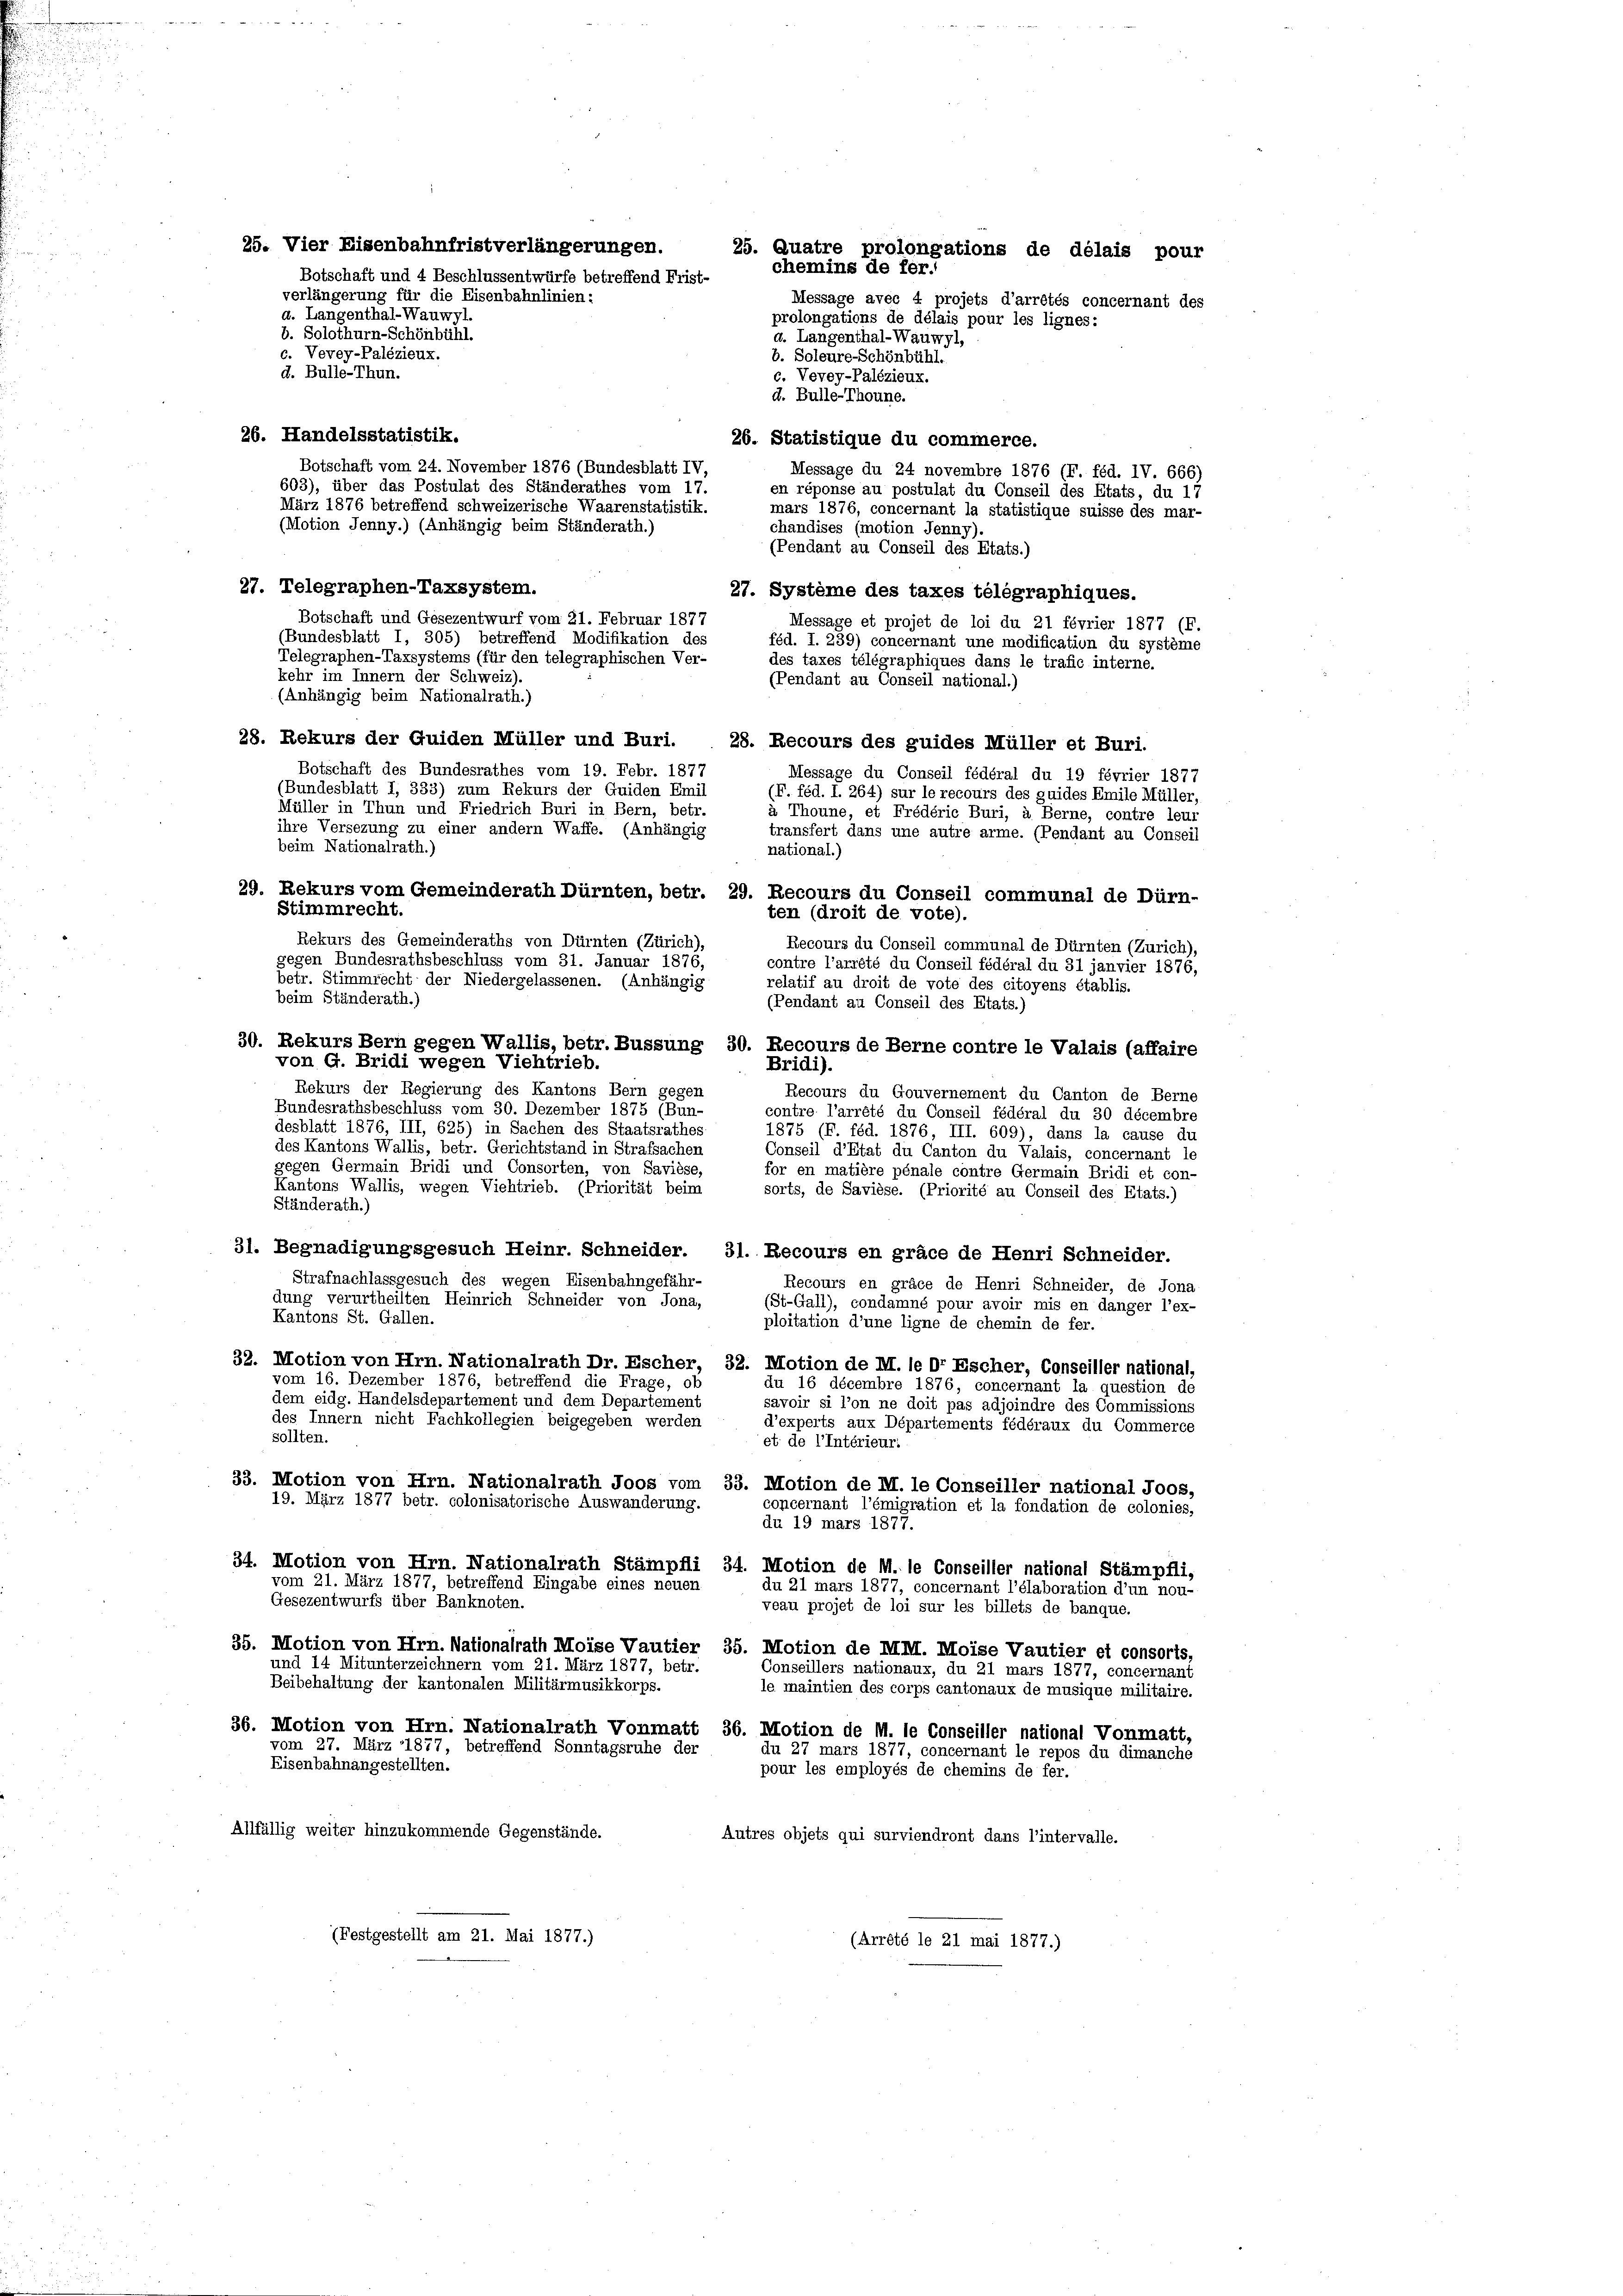
d. Langenthal-Wauwyl.
b. Solothurn-Schönbühl.
c. Vevey-Palézieux.
d. Bulle-Thun.

d. Bulle-Thoune.
26. Statistique du commerce.
Message du 24 novembre 1876 (F. féd. IV. 666)
en réponse au postulat du Conseil des Etats, du 17
mars 1876, concernant la statistique suisse des mar-
chandises (motion Jenny),
(Pendant au Conseil des Etats.)
27. Système des taxes télegraphiques.
Message et projet de loi du 21 février 1877 (F.
(Bundesblatt I, 305) betreffend Modifikation des
féd. I. 239) concernant une modification du système
Telegraphen-Taxsystems (für den telegraphischen Ver-
des taxes télégraphiques dans le trafic interne.
kehr im Innern der Schweiz).
Pendant au Conseil national.)
(Anhängig beim Nationalrath.)
28. Rekurs der Guiden Müller und Buri.
Botschaft des Bundesrathes vom 19. Febr. 1877
Message du Conseil fédéral du 19 février 1877
(Bundesblatt I, 333) zum Rekurs der Guiden Emil
Müller in Thun und Friedrich Buri in Bern, betr.
à Thoune, et Frédéric Buri, u. Berne, contre leur
ihre Versezung zu einer andern Waffe. (Anhängig
transfort dans une autre arme. (Pendant au Conseil
beim Nationalrath.)
national.)
29. Rekurs vom Gemeinderath Dürnten, betr. 29. Recours du Conseil communal de Dürn-
Stimmrecht.
Rekurs des Gemeinderaths von Dürnten (Zürich),
Recours du Conseil communal de Dürnten (Zürich),
gegen Bundesrathsbeschluss vom 31. Januar 1876,
contre l’arrêté du Conseil fédéral du 31 janvier 1876,
betr. Stimmrecht der Niedergelassenen. (Anhängig
relatif au droit de vote des citoyens établis.
beim Ständerath.)
(Pendant au Conseil des Etats.)
30. Rekurs Bern gegen Wallis, betr. Bussung 30. Recours de Berne contre le Valais (affaire
von G. Bridi wegen Viehtrieb.
Bridi).
Rekurs der Regierung des Kantons Bern gegen
Recours du Gouvernement du Canton de Berne
Bundesrathsbeschluss vom 30. Dezember 1875 (Bun-
contre l’arrêté du Conseil fédéral du 30 décembre
desblatt 1876, III, 625) in Sachen des Staatsrathes
1875 (F. féd. 1876, III. 609), dans la cause du
des Kantons Wallis, betr. Gerichtstand in Strafsachen
Conseil d’Etat du Canton du Valais, concernant le
gegen Germain Bridi und Consorten, von Savièse,
for en matière pénale contre Germain Bridi et con-
Kantons Wallis, wegen Viehtrieb. (Priorität beim
sorts, de Savièse. (Priorité au Conseil des Etats.)
Ständerath.)
31. Begnadigungsgesuch Heinr. Schneider. 31. Recours en gräce de Henri Schneider.
Strafnachlassgesuch des wegen Eisenbahngefähr-
Recours en gräce de Henri Schneider, de Jona
dung verurtheilten Heinrich Schneider von Jona,
(St.Gall), condamné pour avoir mis en danger l’ex-
Kantons St. Gallen.
ploitation d’une ligne de chemin de fer.
32. Motion von Hrn. Nationalrath Dr. Escher, 32. Motion de M. le Dr Escher, Conseiller national,
vom 16. Dezember 1876, betreffend die Frage, ob
Au 16 décembre 1876, concernant la question de
dem eidg. Handelsdepartement und dem Departement
savoir si l’on ne doit pas adjoindre des Commissions
des Innern nicht Fachkollegien beigegeben werden
d’experts aux Départements fédéraux du Commerce
sollten.
et de l’intérieur.
33. Motion von Hrn. Nationalrath Joos vom 33. Motion de M. le Conseiller national Joos,
19. März 1877 betr. colonisatorische Auswanderung.
concernant l’émigration et la fondation de colonies,
du 19 mars 1877.
34. Motion von Hrn. Nationalrath Stämpfli 34. Motion de M. le Conseiller national Stämpfli,
vom 21. März 1877, betreffend Eingabe eines neuen
du 21 mars 1877, concernant l’élaboration d’un nou-
Gesezentwurfs über Banknoten.
veau projet de loi sur les billets de banque.
35. Motion von Hrn. Nationalrath Moise Vautier 35. Motion de MII. Moise Vautier et consorts,
und 14 Mitunterzeichnern vom 21. März 1877, betr.
Conseillers nationaux, du 21 mars 1877, concernant
Beibehaltung der kantonalen Militärmusikkorps.
le maintien des corps cantonaux de musique militaire.
36. Motion von Hrn. Nationalrath Vonmatt 36. Motion de M. le Conseiller national Vonmatt,
vom 27. März 1877, betreffend Sonntagsruhe der
du 27 mars 1877, concernant le repos du dimanche
Eisenbahnangestellten.
pour les employés de chemins de fer.
Allfällig weiter hinzukommende Gegenstände.
Autres objets qui surviendront dans l’intervalle.
(Festgestellt am 21. Mai 1877.)
(Arrété le 21 mai 1877.)

26. Handelsstatistik.
Botschaft vom 24. November 1876 (Bundesblatt IV,
603), über das Postulat des Ständerathes vom 17.
März 1876 betreffend schweizerische Waarenstatistik.
(Motion Jenny.) (Anhängig beim Ständerath.)
27. Telegraphen-Taxsystem.
Botschaft und Gesezentwurf vom 21. Februar 1877

25. Vier Eisenbahnfristverlängerungen.
25. Quatre prolongations de délais pour
chemins de fer.
Botschaft und 4 Beschlussentwürfe betreffend Frist-
verlängerung für die Eisenbahnlinien:
Message avec 4 projets d’arrêtés concernant des
prolongations de délais pour les lignes:
d. Langenthal-Wauwyl,
b. Soleure-Schönbühl.
c. Vevey-Palézieux.

28. Recours des guides Müller et Buri.
(F. féd. I. 264) sur le recours des guides Emile Müller,
ten (droit de vote).